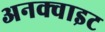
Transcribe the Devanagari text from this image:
अनक्वाइट